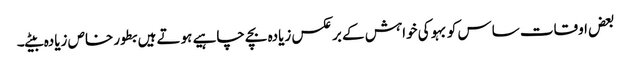
بعض اوقات ساس کو بہو کی خواہش کے برعکس زیادہ بچے چاہیے ہوتے ہیں بطور خاص زیادہ بیٹے۔